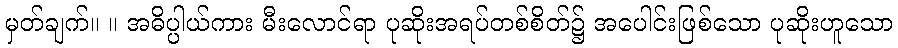
မှတ်ချက်။ ။ အဓိပ္ပါယ်ကား မီးလောင်ရာ ပုဆိုးအရပ်တစ်စိတ်၌ အပေါင်းဖြစ်သော ပုဆိုးဟူသော